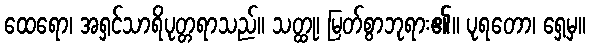
ထေရော၊ အရှင်သာရိပုတ္တရာသည်။ သတ္ထု၊ မြတ်စွာဘုရား၏။ ပုရတော၊ ရှေ့မှ။